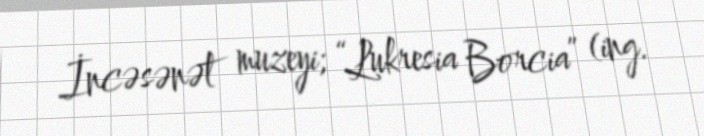
İncəsənət muzeyi; “Lukresia Borcia” (ing.